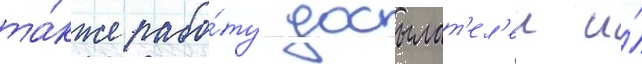
та́кже рабо́ту досылат'ел'еи и́